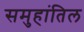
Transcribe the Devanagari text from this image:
समुहांतिल